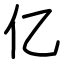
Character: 亿